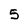
Character: 5